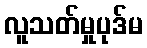
လူသတ်မှုပုဒ်မ